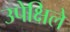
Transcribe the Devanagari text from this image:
उपेक्षिले